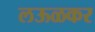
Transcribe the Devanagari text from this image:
लऊळकर